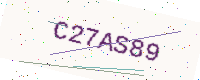
Text: C27AS89